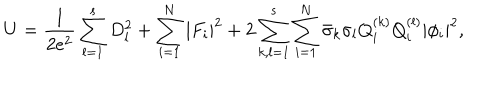
LaTeX: U = \frac 1 { 2 e ^ { 2 } } \sum _ { l = 1 } ^ { s } D _ { l } ^ { 2 } + \sum _ { i = 1 } ^ { N } | F _ { i } | ^ { 2 } + 2 \sum _ { k , l = 1 } ^ { s } \sum _ { i = 1 } ^ { N } \bar { \sigma } _ { k } \sigma _ { l } Q _ { i } ^ { ( k ) } Q _ { i } ^ { ( l ) } | \phi _ { i } | ^ { 2 } ,